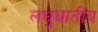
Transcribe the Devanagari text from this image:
लघुघातीय